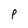
Character: p